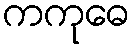
ကကုဓေ